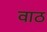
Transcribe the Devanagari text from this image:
वाठ